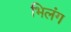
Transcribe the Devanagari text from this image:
भिलंग